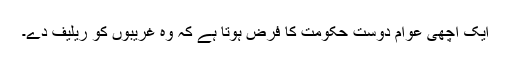
ایک اچھی عوام دوست حکومت کا فرض ہوتا ہے کہ وہ غریبوں کو ریلیف دے۔